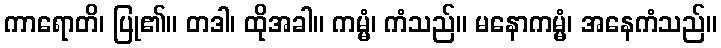
ကာရောတိ၊ ပြု၏။ တဒါ၊ ထိုအခါ။ ကမ္မံ၊ ကံသည်။ မနောကမ္မံ၊ အနေကံသည်။